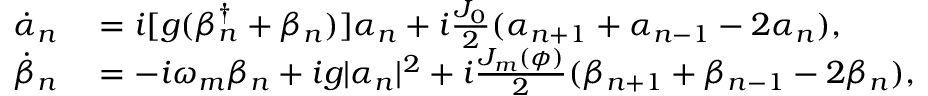
\begin{array} { r l } { \dot { \alpha } _ { n } } & { { } = i [ g ( \beta _ { n } ^ { \dagger } + \beta _ { n } ) ] \alpha _ { n } + i \frac { J _ { 0 } } { 2 } ( \alpha _ { n + 1 } + \alpha _ { n - 1 } - 2 \alpha _ { n } ) , } \\ { \dot { \beta } _ { n } } & { { } = - i \omega _ { m } \beta _ { n } + i g | \alpha _ { n } | ^ { 2 } + i \frac { J _ { m } ( \phi ) } { 2 } ( \beta _ { n + 1 } + \beta _ { n - 1 } - 2 \beta _ { n } ) , } \end{array}